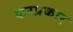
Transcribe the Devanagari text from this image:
करप्रकार